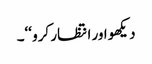
دیکھو اور انتظار کرو ‘‘۔